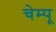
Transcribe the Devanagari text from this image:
चेम्पू